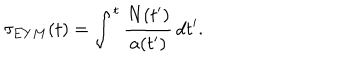
\tau _ { E Y M } ( t ) = \int ^ { t } \frac { N ( t ^ { \prime } ) } { a ( t ^ { \prime } ) } \, d t ^ { \prime } .